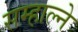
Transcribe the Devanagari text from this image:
सम्हाल्ने